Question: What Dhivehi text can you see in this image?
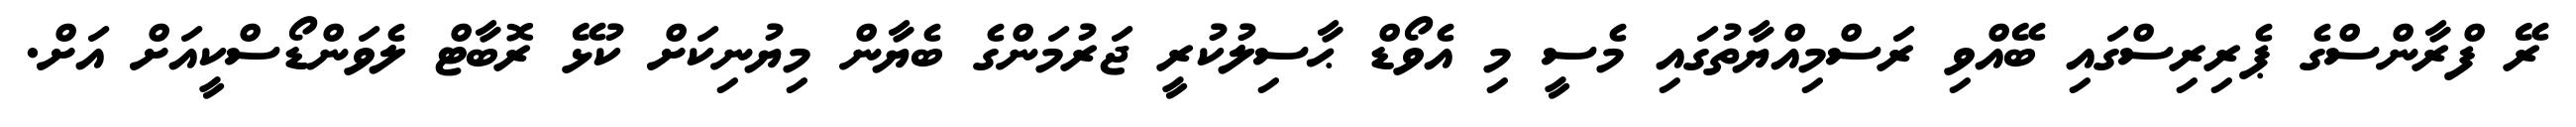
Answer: ރޭ ފްރާންސްގެ ޕެރިރިސްގައި ބޭއްވި ރަސްމިއްޔާތުގައި މެސީ މި އެވޯޑް ޙާސިލުކުރީ ޖަރުމަންގެ ބެޔާން މިޔުނިކަށް ކުޅޭ ރޮބާޓް ލެވަންޑޯސްކީއަށް އަށް.